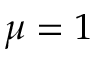
\mu = 1